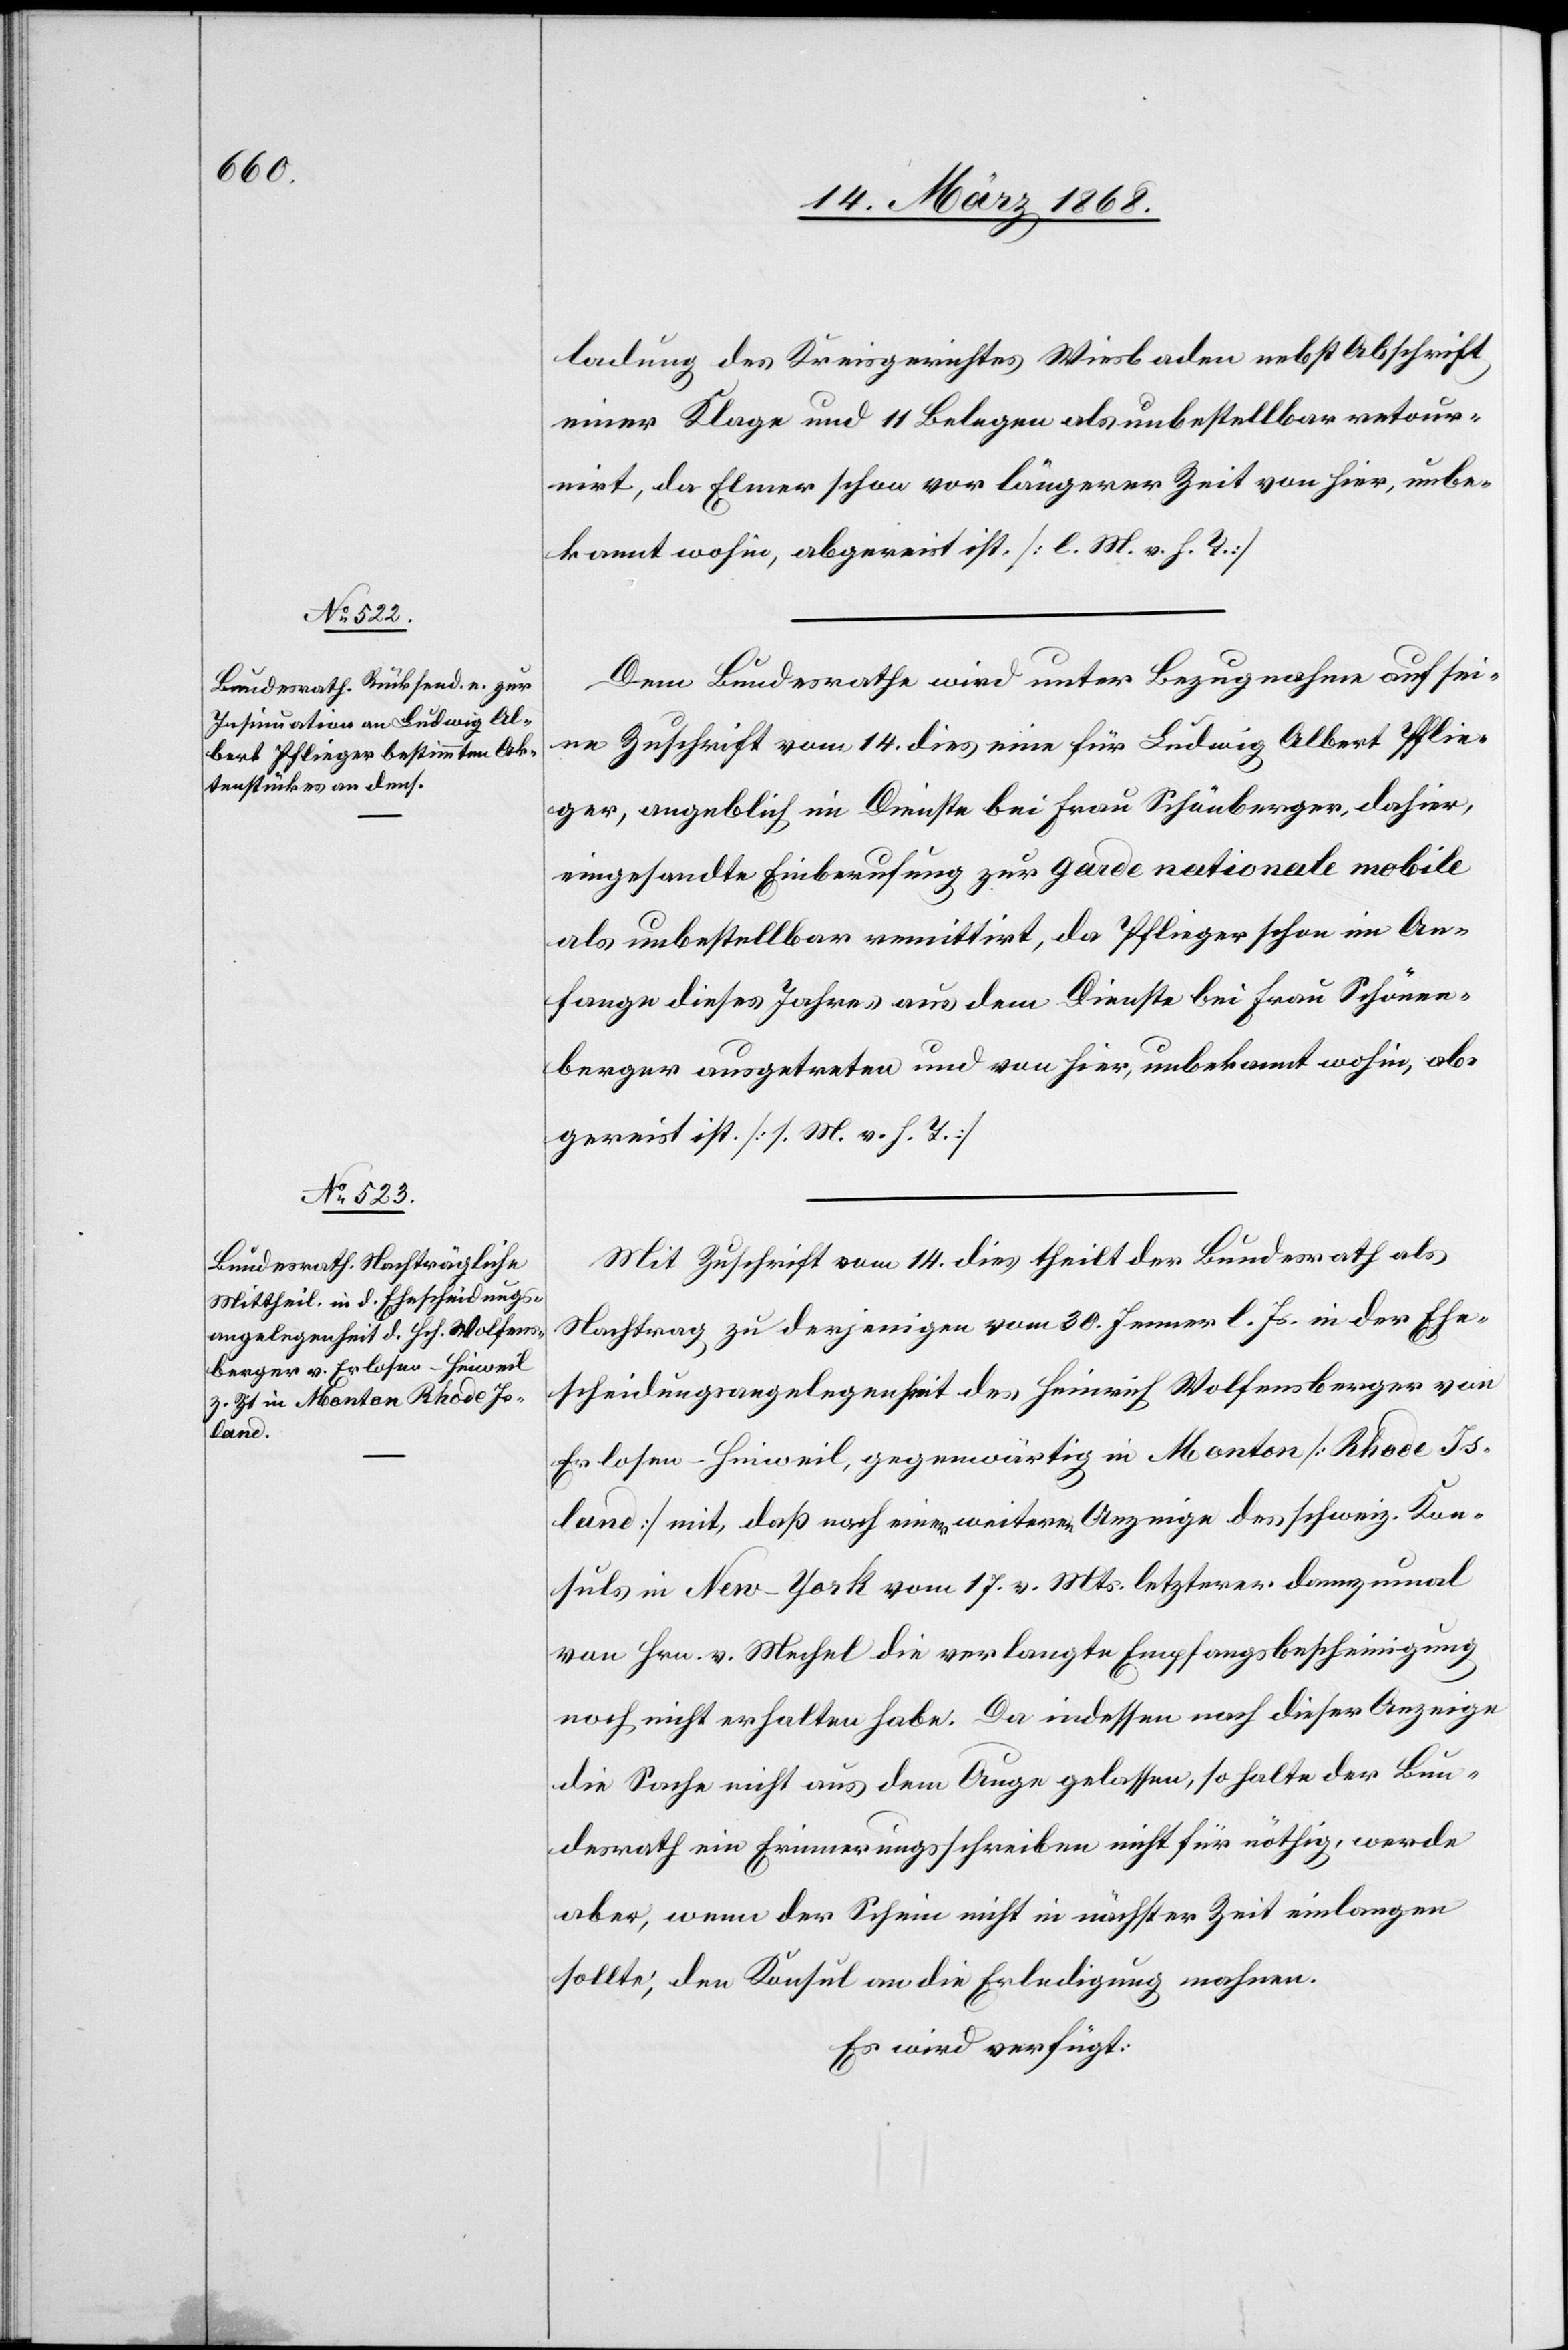
17. März 1868.]
ladung des Kreisgerichtes Wiesbaden nebst Abschrift
einer Klage und 11 Belegen als unbestellbar retour¬
nirt, da Elmer schon vor längerer Zeit von hier, unbe¬
kannt wohin, abgereist ist. [l. M. v. h. T.]
Dem Bundesrathe wird unter Bezugnahme auf sei¬
ne Zuschrift vom 14. dies eine für Ludwig Albert Pflie¬
ger, angeblich im Dienste bei Frau Schönberger, dahier,
eingesandte Einberufung zur garde nationale mobile
als unbestellbar remittirt, da Pflieger schon im An¬
fange dieses Jahres aus dem Dienste bei Frau Schönen¬
berger [sic!] ausgetreten und von hier, unbekannt wohin, ab¬
gereist ist. [l. M. v. h. T.]
Mit Zuschrift vom 14. dies theilt der Bundesrath als
Nachtrag zu derjenigen vom 30. Jenner l. Js. in der Ehe¬
scheidungsangelegenheit des Heinrich Wolfensberger von
Erlosen-Hinweil, gegenwärtig in Monton [Rhode Is¬
land] mit, daß nach einer weiteren Anzeige des schweiz. Kon¬
suls in New-York vom 17. v. Mts. letzterer dannzumal
von Hrn. v. Mechel die verlangte Empfangsbescheinigung
noch nicht erhalten habe. Da indessen nach dieser Anzeige
die Sache nicht aus dem Auge gelassen, so halte der Bun¬
desrath ein Erinnerungsschreiben nicht für nöthig, werde
aber, wenn der Schein nicht in nächster Zeit einlangen
sollte, den Konsul an die Erledigung mahnen.
Es wird verfügt: